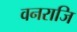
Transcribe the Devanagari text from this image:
वनराजि